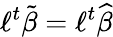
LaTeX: \ell^{t}{\tilde{\beta}}=\ell^{t}{\widehat{\beta}}